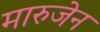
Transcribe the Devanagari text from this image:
मारुजेन